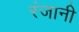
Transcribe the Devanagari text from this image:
रंजानी